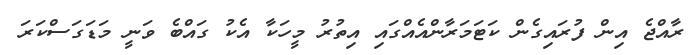
ރާއްޖެ އިން ފުރައިގެން ކަޓަމަރާންއެއްގައި އިތުރު މީހަކާ އެކު ގައްބެ ވަނީ މަޑަގަސްކަރަ